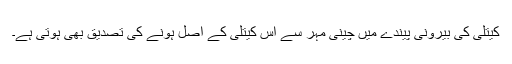
کیتلی کی بیرونی پیندے میں چینی مہر سے اس کیتلی کے اصل ہونے کی تصدیق بھی ہوتی ہے۔